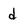
Character: d